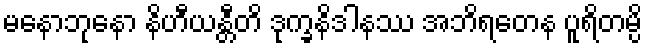
မနောဘုနော နိဟီယန္တီတိ ဒုက္ခနိဒါနဿ အဘိရတေန ပူရိတမ္ပိ